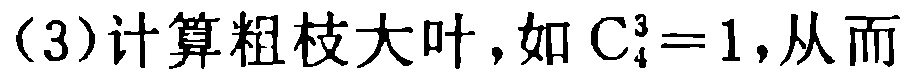
（3）计算粗枝大叶，如 \(C_{4}^{3}=1\)，从而